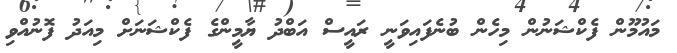
މައުމޫން ފެކްޝަނުން މިހެން ބުނެފައިވަނީ ރައީސް އަބްދު ޔާމީންގެ ފެކްޝަނަށް މިއަދު ފޮނުއްވި